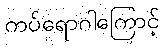
ကပ်ရောဂါကြောင့်